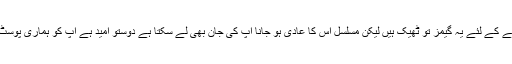
کبھی کبھار کھیلنے کے لئے یہ گیمز تو ٹھیک ہیں لیکن مسلسل اس کا عادی ہو جانا آپ کی جان بھی لے سکتا ہے دوستو امید ہے آپ کو ہماری پوسٹ پسند آئی ہو گی ۔